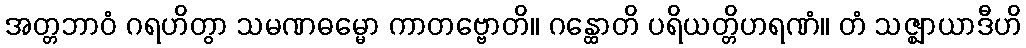
အတ္တဘာဝံ ဂရဟိတွာ သမဏဓမ္မော ကာတဗ္ဗောတိ။ ဂန္ထောတိ ပရိယတ္တိဟရဏံ။ တံ သဇ္ဈာယာဒီဟိ